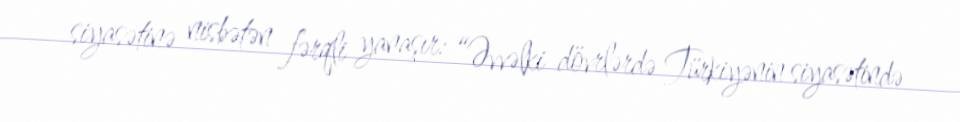
siyasətinə nisbətən fərqli yanaşır: “Əvvəlki dövrlərdə Türkiyənin siyasətində